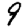
Digit: 9